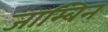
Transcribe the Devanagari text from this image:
जाम्बिन